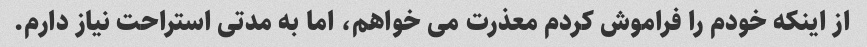
از اینکه خودم را فراموش کردم معذرت می خواهم، اما به مدتی استراحت نیاز دارم.